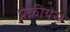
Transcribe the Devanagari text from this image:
प्रक्रीयेस